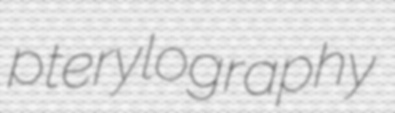
pterylography